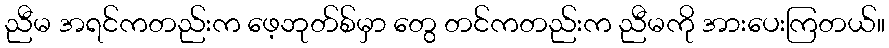
ညီမ အရင်ကတည်းက ဖေ့ဘုတ်စ်မှာ တွေ တင်ကတည်းက ညီမကို အားပေးကြတယ်။